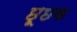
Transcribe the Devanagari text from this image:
छूछक